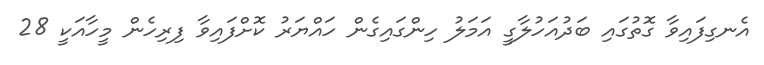
އެނގިފައިވާ ގޮތުގައި ބަދުއަހުލާގީ އަމަލު ހިންގައިގެން ހައްޔަރު ކޮށްފައިވާ ފިރިހެން މީހާއަކީ 28